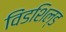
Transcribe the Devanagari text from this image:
विंडशिल्ड